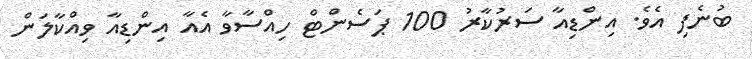
ބުނެފި އެވެ. އިންޑިއާ ސަރުކާރު 100 ޕަސެންޓް ހިއްސާވާ އެއާ އިންޑިއާ ވިއްކާލަން